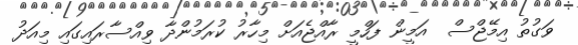
ވަގުތު އިމޭޖްސް  އަމީން ފަހްމީ ރާއްޖެއަށް މިހާރު ކުރަމުންދާ ވިއްސާރައިގައި މިއަދު